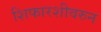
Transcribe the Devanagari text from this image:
शिफारशीवरुन